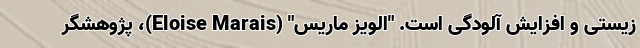
زیستی و افزایش آلودگی است. "الویز ماریس" (Eloise Marais)، پژوهشگر